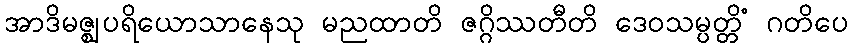
အာဒိမဇ္ဈပရိယောသာနေသု မညထာတိ ဇဂ္ဂိဿတီတိ ဒေဝသမ္ပတ္တိံ ဂတိပေ